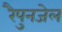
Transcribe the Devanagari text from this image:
रैपुनजेल